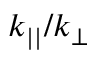
k _ { | | } / k _ { \perp }